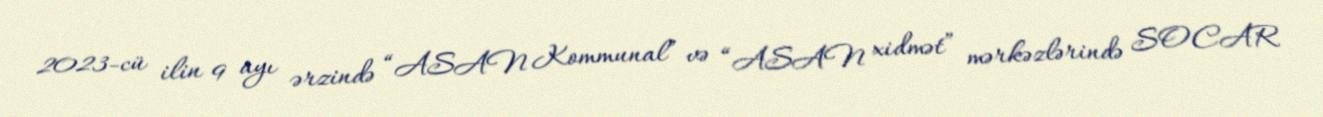
2023-cü ilin 9 ayı ərzində “ASAN Kommunal” və “ASAN xidmət” mərkəzlərində SOCAR